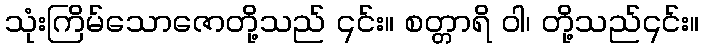
သုံးကြိမ်သောဇောတို့သည် ၎င်း။ စတ္တာရိ ဝါ၊ တို့သည်၎င်း။